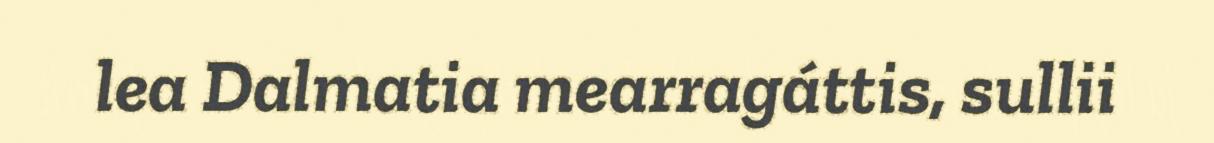
lea Dalmatia mearragáttis, sullii